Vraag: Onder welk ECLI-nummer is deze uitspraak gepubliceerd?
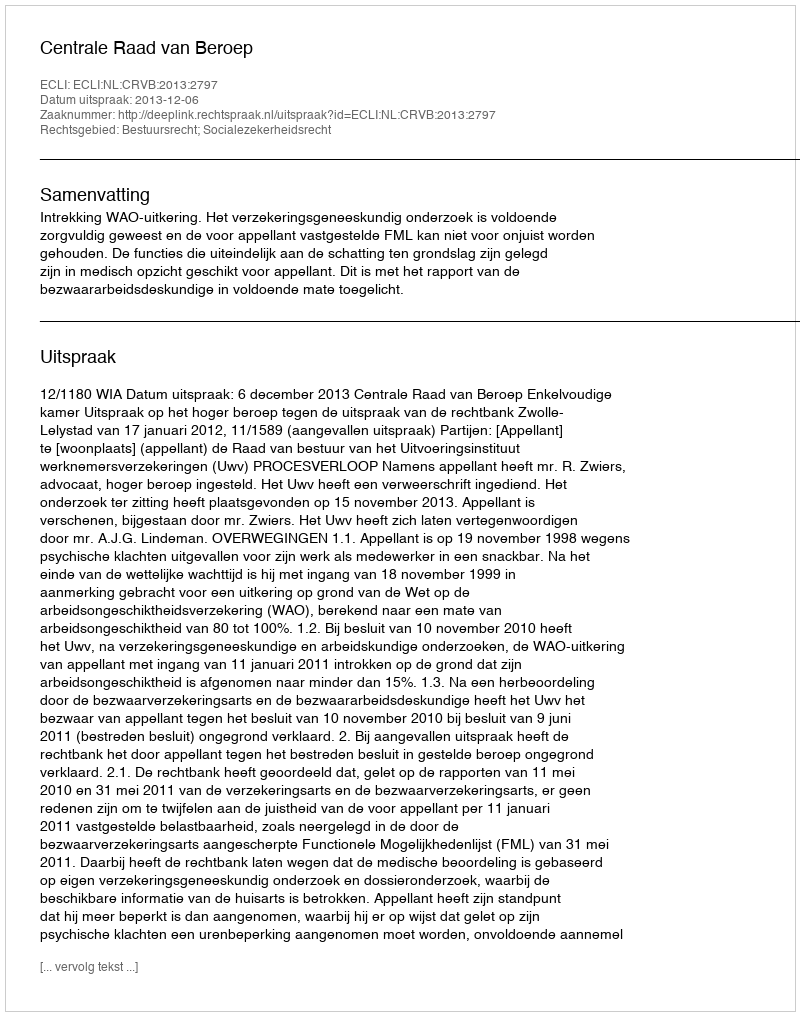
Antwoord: ECLI:NL:CRVB:2013:2797